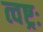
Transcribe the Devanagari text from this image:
त्वष्ट्रः